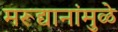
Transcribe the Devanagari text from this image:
मरूद्यानांमुळे